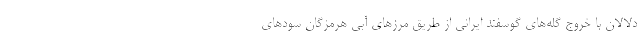
دلالان با خروج گله‌های گوسفند ایرانی از طریق مرزهای آبی هرمزگان سودهای